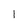
Character: I